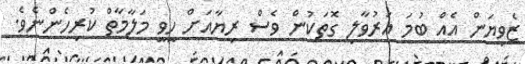
ޒެވިޔަން އެއް ބުމަ އަރުވާލި ގޮތަކުން ވެސް ރިޔާއަށް ހީވީ މަލާމާތް ކުރިހެންނެވެ.